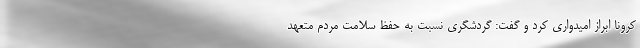
کرونا ابراز امیدواری کرد و گفت: گردشگری نسبت به حفظ سلامت مردم متعهد